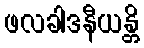
ဖလခါဒနီယန္တိ